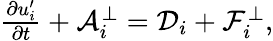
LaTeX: \begin{array}{r}{\frac{\partial{u}_{i}^{\prime}}{\partial t}+\mathcal{A}_{i}^{\bot}=\mathcal{D}_{i}+\mathcal{F}_{i}^{\bot},}\end{array}